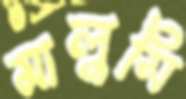
মালুসি